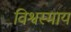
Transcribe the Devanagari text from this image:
विश्वस्माय